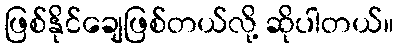
ဖြစ်နိုင်ချေဖြစ်တယ်လို့ ဆိုပါတယ်။